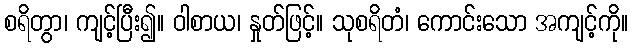
စရိတွာ၊ ကျင့်ပြီး၍။ ဝါစာယ၊ နှုတ်ဖြင့်။ သုစရိတံ၊ ကောင်းသော အကျင့်ကို။